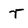
Character: r